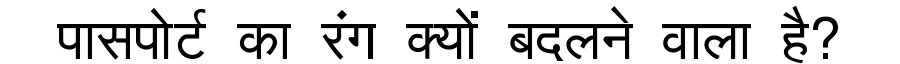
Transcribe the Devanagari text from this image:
पासपोर्ट का रंग क्यों बदलने वाला है?